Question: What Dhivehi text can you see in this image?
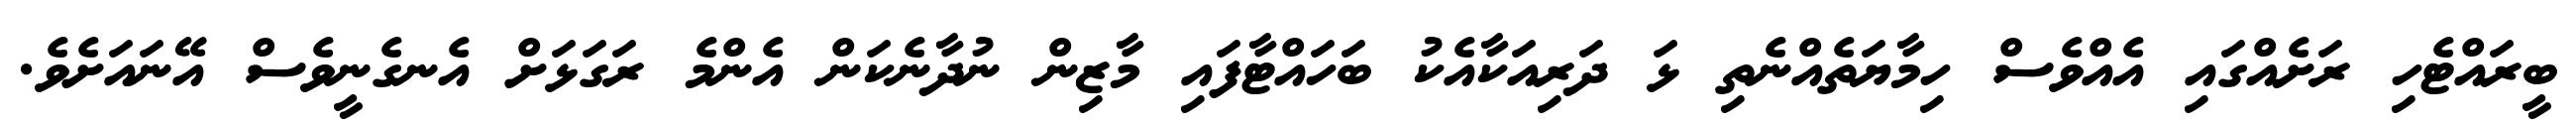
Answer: ބީރައްޓެހި ރަށެއްގައި އެއްވެސް ހިމާޔަތެއްނެތި ޅަ ދަރިއަކާއެކު ބަހައްޓާފައި މާޒިން ނުދާނެކަން އެންމެ ރަގަޅަށް އެނގެނީވެސް އޭނައަށެވެ.